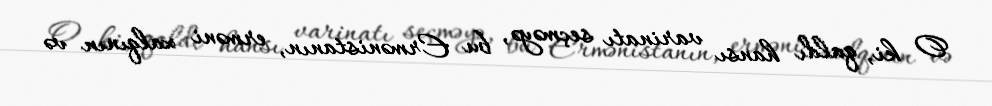
O ki, qaldı hansı varinatı seçməyə, bu Ermənistanın, erməni xalqının və